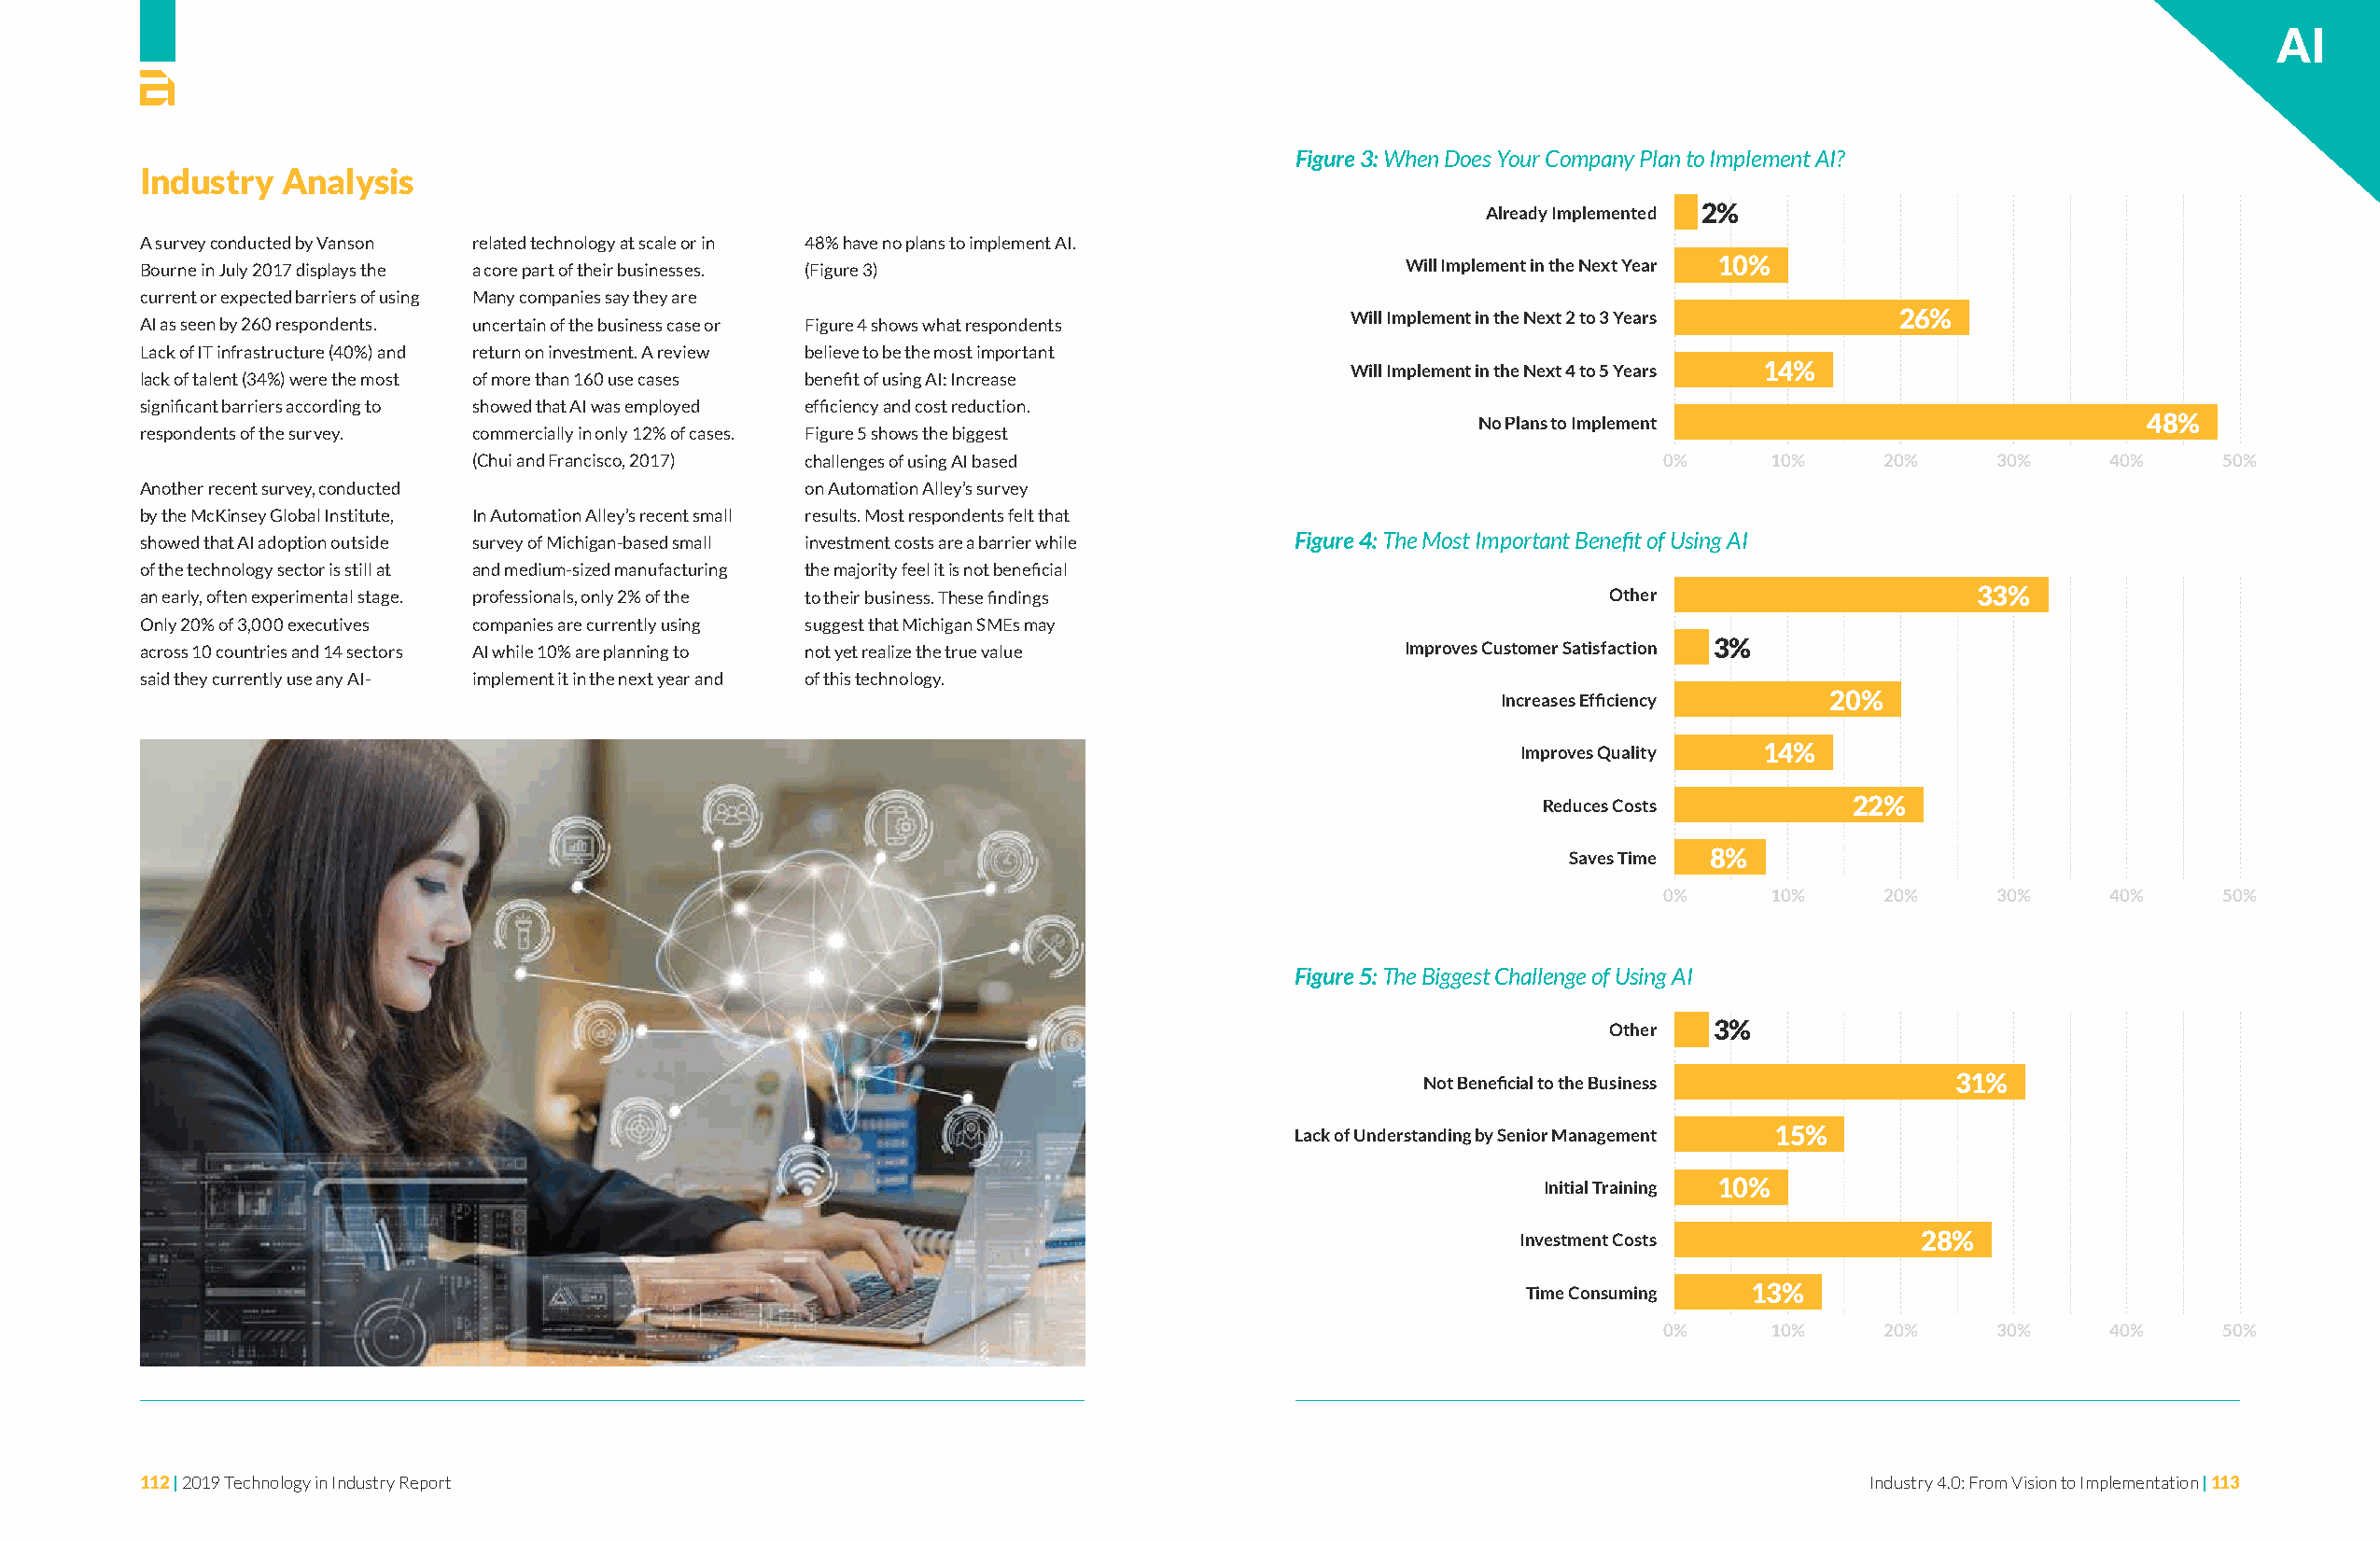
AI
 Figure 3: When Does Your Company Plan to Implement AI?
 Industry  Analysis
 Already Implemented 2%
 A survey conducted by Vanson related technology at scale or in 48% have no plans to implement AI.
 Bourne in July 2017 displays the a core part of their businesses. (Figure 3)              Will Implement in the Next Year 10%
 current or expected barriers of using Many companies say they are
 Will Implement in the Next 2 to 3 Years 26%
 AI as seen by 260 respondents. uncertain of the business case or Figure 4 shows what respondents
 Lack of IT infrastructure (40%) and return on investment. A review believe to be the most important
 Will Implement in the Next 4 to 5 Years 14%
 lack of talent (34%) were the most of more than 160 use cases benefit of using AI: Increase
 significant barriers according to showed that AI was employed efficiency and cost reduction.
 No Plans to Implement                          48%
 respondents of the survey. commercially in only 12% of cases. Figure 5 shows the biggest
 (Chui and Francisco, 2017) challenges of using AI based                             0%      10%     20%     30%     40%     50%
 Another recent survey, conducted               on Automation Alley’s survey
 by the McKinsey Global Institute, In Automation Alley’s recent small results. Most respondents felt that
 showed that AI adoption outside survey of Michigan-based small investment costs are a barrier while Figure 4: The Most Important Benefit of Using AI
 of the technology sector is still at and medium-sized manufacturing the majority feel it is not beneficial
 an early, often experimental stage. professionals, only 2% of the to their business. These findings     Other                     33%
 Only 20% of 3,000 executives companies are currently using suggest that Michigan SMEs may
 across 10 countries and 14 sectors AI while 10% are planning to not yet realize the true value Improves Customer Satisfaction 3%
 said they currently use any AI- implement it in the next year and of this technology.
 Increases Efficiency    20%
 Improves Quality 14%
 Reduces Costs         22%
 Saves Time 8%
 0%      10%     20%     30%     40%     50%
 Figure 5: The Biggest Challenge of Using AI
 Other   3%
 Not Beneficial to the Business        31%
 Lack of Understanding by Senior Management 15%
 Initial Training 10%
 Investment Costs            28%
 Time Consuming  13%
 0%      10%     20%     30%     40%     50%
 112 | 2019 Technology in Industry Report                                                                                   Industry 4.0: From Vision to Implementation | 113